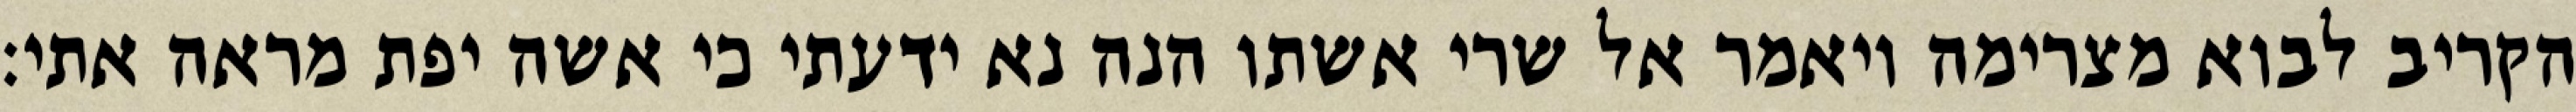
הקריב לבוא מצרימה ויאמר אל שרי אשתו הנה נא ידעתי כי אשה יפת מראה אתי׃